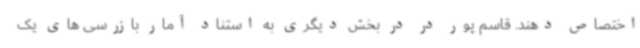
اختصاص دهند. قاسم پور در در بخش دیگری به استناد آمار بازرسی های یک